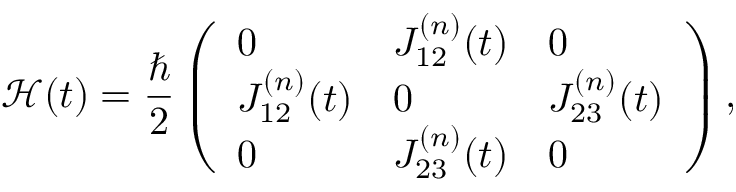
\mathcal { H } ( t ) = \frac { \hbar } { 2 } \left( \begin{array} { l l l } { 0 } & { J _ { 1 2 } ^ { ( n ) } ( t ) } & { 0 } \\ { J _ { 1 2 } ^ { ( n ) } ( t ) } & { 0 } & { J _ { 2 3 } ^ { ( n ) } ( t ) } \\ { 0 } & { J _ { 2 3 } ^ { ( n ) } ( t ) } & { 0 } \end{array} \right) ,